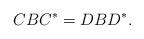
LaTeX: \begin{align*} C B C^* = D B D^*.\end{align*}